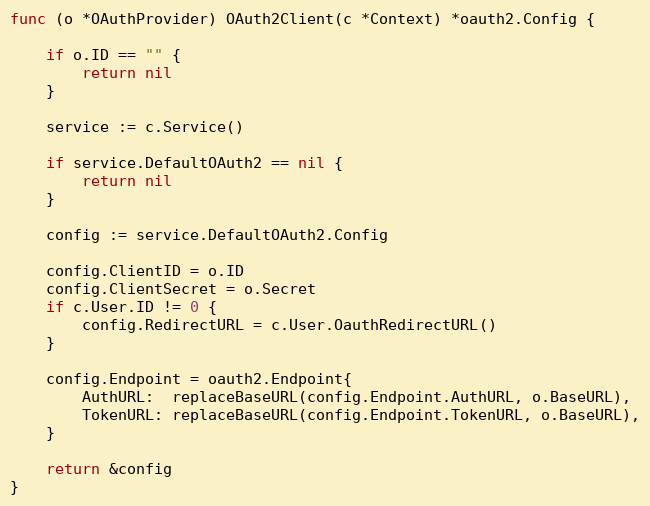
Language: Go
func (o *OAuthProvider) OAuth2Client(c *Context) *oauth2.Config {

	if o.ID == "" {
		return nil
	}

	service := c.Service()

	if service.DefaultOAuth2 == nil {
		return nil
	}

	config := service.DefaultOAuth2.Config

	config.ClientID = o.ID
	config.ClientSecret = o.Secret
	if c.User.ID != 0 {
		config.RedirectURL = c.User.OauthRedirectURL()
	}

	config.Endpoint = oauth2.Endpoint{
		AuthURL:  replaceBaseURL(config.Endpoint.AuthURL, o.BaseURL),
		TokenURL: replaceBaseURL(config.Endpoint.TokenURL, o.BaseURL),
	}

	return &config
}